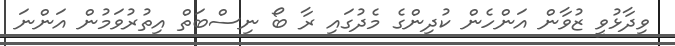
ވިދާޅުވީ ޒުވާން އަންހެން ކުދިންގެ މެދުގައި ރާ ބޯ ނިސްބަތް އިތުރުވަމުން އަންނަ